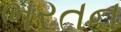
ભરતન